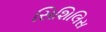
સિશિલિસ